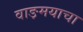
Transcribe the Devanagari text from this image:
वाङ़मयाचा